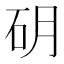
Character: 𱳮